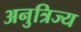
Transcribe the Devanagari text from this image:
अनुत्रिज्य